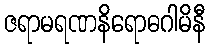
ဇရာမရဏနိရောဓဂါမိနီ